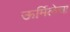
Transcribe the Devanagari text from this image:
ऊर्मिलेचा